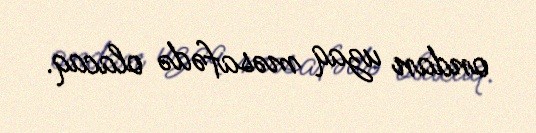
ondan uzaq məsafədə olacaq.